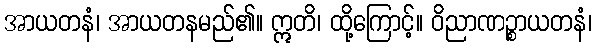
အာယတနံ၊ အာယတနမည်၏။ ဣတိ၊ ထို့ကြောင့်။ ဝိညာဏဉ္စာယတနံ၊